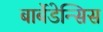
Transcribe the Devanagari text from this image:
बार्बेडेन्सिस